Vaccination in Bombay 1869-1873 - 1869-1873
Year: 1869
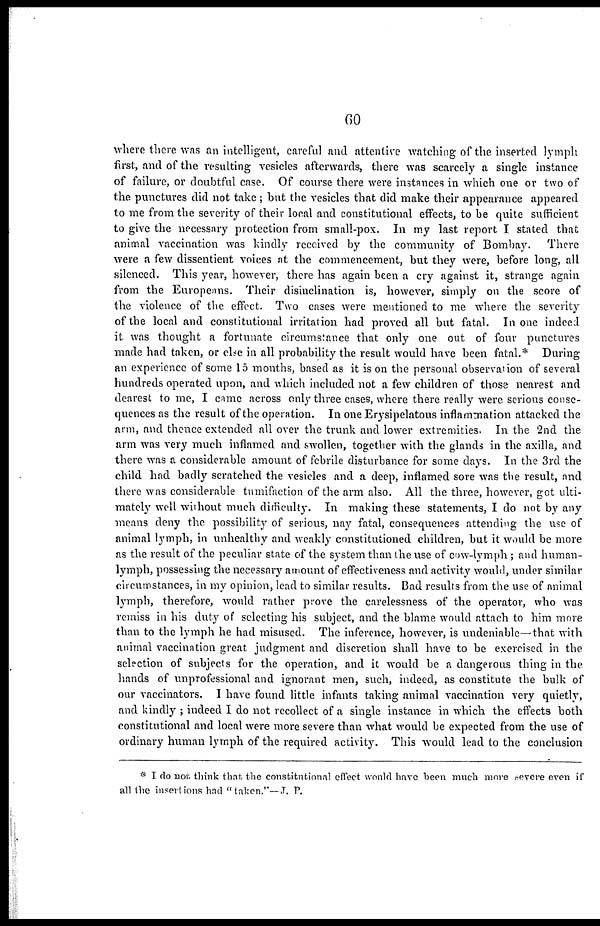
60
where there was an intelligent, careful and attentive watching of the inserted lymph
first, and of the resulting vesicles afterwards, there was scarcely a single instance
of failure, or doubtful case. Of course there were instances in which one or two of
the punctures did not take; but the vesicles that did make their appearance appeared
to me from the severity of their local and constitutional effects, to be quite sufficient
to give the necessary protection from small-pox. In my last report I stated that
animal vaccination was kindly received by the community of Bombay.
There
were a few dissentient voices at the commencement, but they were, before long, all
silenced. This year, however, there has again been a cry against it, strange again
from the Europeans. Their disinclination is, however, simply on the score of
the violence of the effect. Two cases were mentioned to me where the severity
of the local and constitutional irritation had proved all but fatal. In one indeed
it was thought a fortunate circumstance that only one out of four punctures
made had taken, or else in all probability the result would have been fatal.* During
an experience of some 15 months, based as it is on the personal observation of several
hundreds operated upon, and which included not a few children of those nearest and
dearest to me, I came across only three cases, where there really were serious conse-
quences as the result of the operation. In one Erysipelatous inflammation attacked the
arm, and thence extended all over the trunk and lower extremities. In the 2nd the
arm was very much inflamed and swollen, together with the glands in the axilla, and
there was a considerable amount of febrile disturbance for some days. In the 3rd the
child had badly scratched the vesicles and a deep, inflamed sore was the result, and
there was considerable tumifaction of the arm also. All the three, however, got ulti-
mately well without much difficulty. In making these statements, I do not by any
means deny the possibility of serious, nay fatal, consequences attending the use of
animal lymph, in unhealthy and weakly constitutioned children, but it would be more
as the result of the peculiar state of the system than the use of cow-lymph ; and human-
lymph, possessing the necessary amount of effectiveness and activity would, under similar
circumstances, in my opinion, lead to similar results. Bad results from the use of animal
lymph, therefore, would rather prove the carelessness of the operator, who was
remiss in his duty of selecting his subject, and the blame would attach to him more
than to the lymph he had misused. The inference, however, is undeniable—that with
animal vaccination great judgment and discretion shall have to be exercised in the
selection of subjects for the operation, and it would be a dangerous thing in the
hands of unprofessional and ignorant men, such, indeed, as constitute the bulk of
our vaccinators. I have found little infants taking animal vaccination very quietly,
and kindly ; indeed I do not recollect of a single instance in which the effects both
constitutional and local were more severe than what would be expected from the use of
ordinary human lymph of the required activity. This would lead to the conclusion
* I do not think that the constitutional effect would have been much more severe even if
all the insertions had "taken."—J. P.